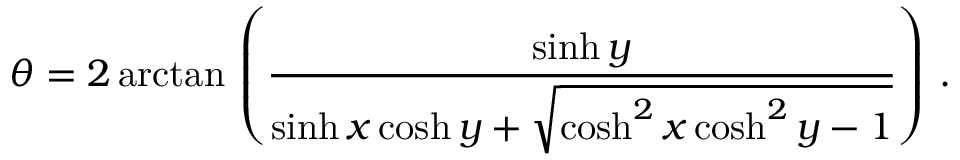
\theta = 2 \arctan \, \left( { \frac { \sinh y } { \sinh x \cosh y + { \sqrt { \cosh ^ { 2 } x \cosh ^ { 2 } y - 1 } } } } \right) \, .